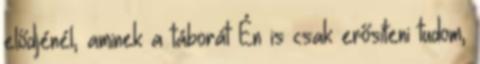
elődjénél, aminek a táborát Én is csak erősíteni tudom,